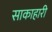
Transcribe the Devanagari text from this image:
साकाहारी